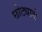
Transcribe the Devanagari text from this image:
छोट्याचे